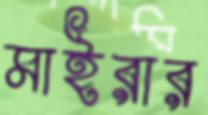
মাইরার